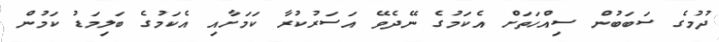
ދުމުގެ ސަބަބުން ސިއްހަތަށް އެކަމުގެ ނޭދެވޭ އަސަރުކުރާ ކަމަށާއި އެކަމުގެ ބަލިމަޑު ކަމުން